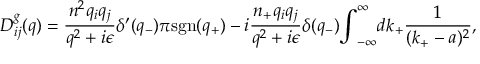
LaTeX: D _ { i j } ^ { g } ( q ) = \frac { n ^ { 2 } q _ { i } q _ { j } } { q ^ { 2 } + i { \epsilon } } { \delta } ^ { \prime } ( q _ { - } ) { \pi } \mathrm { s g n } ( q _ { + } ) - i \frac { n _ { + } q _ { i } q _ { j } } { q ^ { 2 } + i { \epsilon } } { \delta } ( q _ { - } ) { \int } _ { - \infty } ^ { \infty } d k _ { + } \frac { 1 } { ( k _ { + } - a ) ^ { 2 } } ,